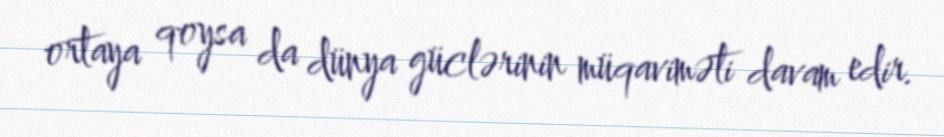
ortaya qoysa da dünya güclərinin müqaviməti davam edir.